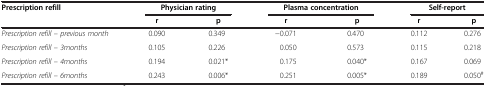
| Prescription refill | <COLSPAN=2> Physician rating | <COLSPAN=2> Plasma concentration | <COLSPAN=2> Self-report |
 |  | r | p | r | p | r | p |
 | --- | --- | --- | --- | --- | --- | --- |
 | Prescription refill – previous month | 0.090 | 0.349 | −0.071 | 0.470 | 0.112 | 0.276 |
 | Prescription refill – 3months | 0.105 | 0.226 | 0.050 | 0.573 | 0.115 | 0.218 |
 | Prescription refill – 4months | 0.194 | 0.021* | 0.175 | 0.040* | 0.167 | 0.069 |
 | Prescription refill – 6months | 0.243 | 0.006* | 0.251 | 0.005* | 0.189 | 0.050# |